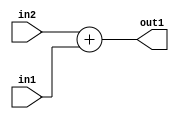
`timescale 1ps / 1ps
/*****************************************************************************
    Verilog RTL Description
    
    
    Created by: Stratus DpOpt 2019.1.01 
*******************************************************************************/

module SobelFilter_Add_9Ux2U_10U_1 (
	in2,
	in1,
	out1
	); /* architecture "behavioural" */ 
input [8:0] in2;
input [1:0] in1;
output [9:0] out1;
wire [9:0] asc001;

assign asc001 = 
	+(in2)
	+(in1);

assign out1 = asc001;
endmodule

/* CADENCE  urn2TQA= : u9/ySgnWtBlWxVPRXgAZ4Og= ** DO NOT EDIT THIS LINE ******/